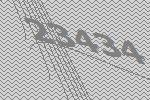
23434